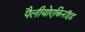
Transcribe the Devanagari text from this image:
पैलीयोएकिनॉइड